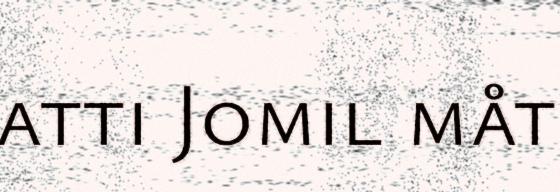
atti Jomil måt